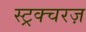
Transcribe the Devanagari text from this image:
स्ट्रक्चरज़